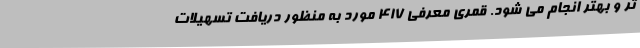
تر و بهتر انجام می شود. قمری معرفی 417 مورد به منظور دریافت تسهیلات